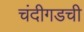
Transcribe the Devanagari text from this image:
चंदीगडची